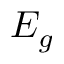
E _ { g }